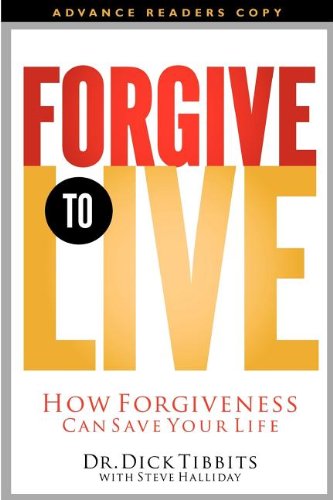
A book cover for Forgive to Live: How Forgiveness Can Save Your Life; Dr. Dick Tibbits; Christian Books & Bibles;